Bombay plague: being a history of the progress of plague in the Bombay presidency from September 1896 to June 1899
Year: 1896
Disease focus: Plague
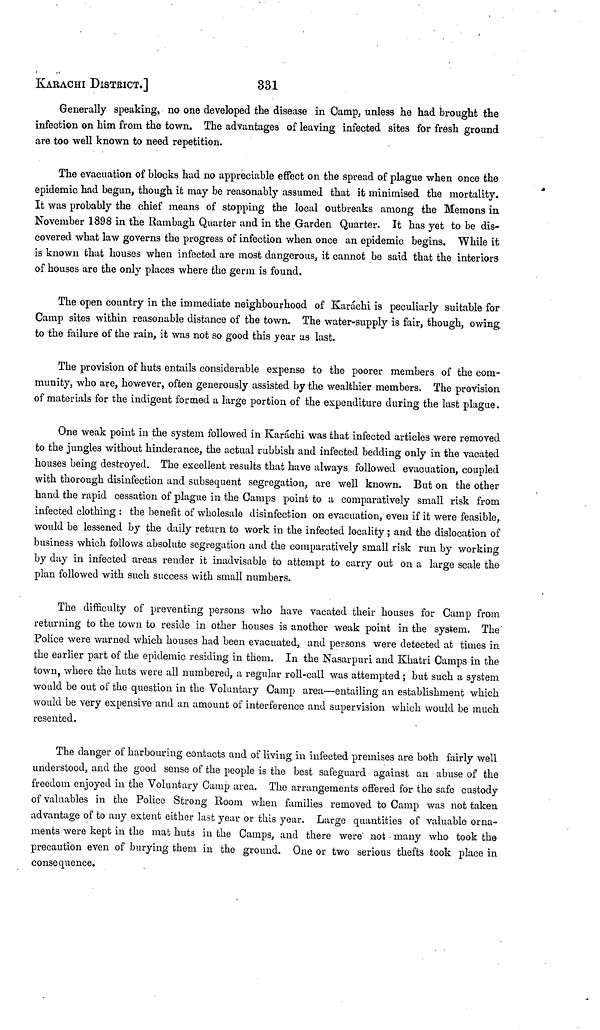
KARACHI DISTRICT.]
331
Generally speaking, no one developed the disease in Camp, unless he had brought the
infection on him from the town. The advantages of leaving infected sites for fresh ground
are too well known to need repetition.
The evacuation of blocks had no appreciable effect on the spread of plague when once the
epidemic had begun, though it may be reasonably assumed that it minimised the mortality.
It was probably the chief means of stopping the local outbreaks among the Meinons in
November 1898 in the Rambagh Quarter and in the Garden Quarter. It has yet to be dis-
covered what law governs the progress of infection when once an epidemic begins. While it
is known that houses when infected are most dangerous, it cannot be said that the interiors
of houses are the only places where the germ is found.
The open country in the immediate neighbourhood of Karachi is peculiarly suitable for
Camp sites within reasonable distance of the town. The water-supply is fair, though, owing
to the failure of the rain, it was not so good this year as last.
The provision of huts entails considerable expense to the poorer members of the com-
munity, who are, however, often generously assisted by the wealthier members. The provision
of materials for the indigent formed a large portion of the expenditure during the last plague.
One weak point in the system followed in Karachi was that infected articles were removed
to the jungles without hinderance, the actual rubbish and infected bedding only in the vacated
houses being destroyed. The excellent results that have always followed evacuation, coupled
with thorough disinfection and subsequent segregation, are well known. But on the other
hand the rapid cessation of plague in the Camps point to a comparatively small risk from
infected clothing : the benefit of wholesale disinfection on evacuation, even if it were feasible,
would be lessened by the daily return to work in the infected locality; and the dislocation of
business which follows absolute segregation and the comparatively small risk run by working
by day in infected areas render it inadvisable to attempt to carry out on a large scale the
plan followed with such success with small numbers.
The difficulty of preventing persons who have vacated their houses for Camp from
returning to the town to reside in other houses is another weak point in the system. The
Police were warned which houses had been evacuated, and persons were detected at times in
the earlier part of the epidemic residing in them. In the Nasarpuri and Khatri Camps in the
town, where the huts were all numbered, a regular roll-call was attempted; but such a system
would be out of the question in the Voluntary Camp area—entailing an establishment which
would be very expensive and an amount of interference and supervision which would be much
resented.
The danger of harbouring contacts and of living in infected premises are both fairly well
understood, and the good sense of the people is the best safeguard against an abuse of the
freedom enjoyed in the Voluntary Camp area. The arrangements offered for the safe custody
of valuables in the Police Strong Room when families removed to Camp was not taken
advantage of to any extent either last year or this year. Large quantities of valuable orna-
ments were kept in the mat huts in the Camps, and there were not many who took the
precaution even of burying them in the ground. One or two serious thefts took place in
consequence.